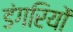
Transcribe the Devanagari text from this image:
डंगरियों